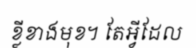
ខ្លីខាងមុខ។ តែអ្វីដែល